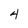
Character: 4